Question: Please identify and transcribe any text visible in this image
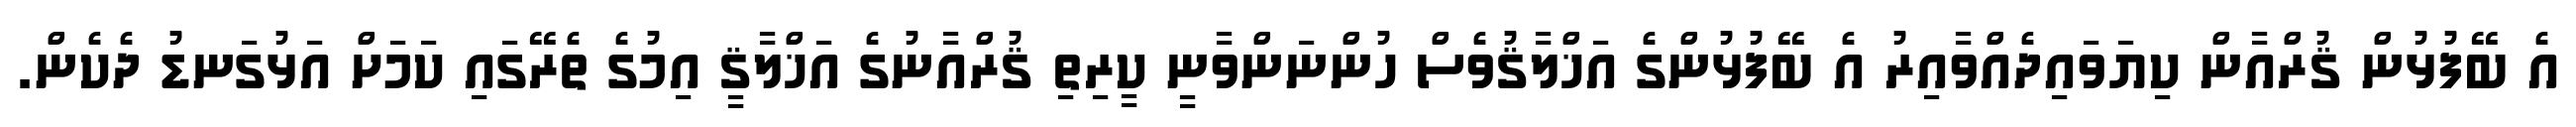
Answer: އެ ބޭފުޅުން ޤުރްއާން ކިޔަވައިދެއްވާއިރު އެ ބޭފުޅުންގެ އަޚްލާޤުވެސް ހުންނަންވާނީ ކީރިތި ޤުރްއާނުގެ އަޚްލާޤީ އިމުގެ ތެރޭގައި ކަމަށް އަޅުގަނޑު ދެކެން.